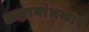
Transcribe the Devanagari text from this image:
अज्ञानांधकार